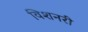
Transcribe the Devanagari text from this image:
विशनरी